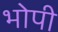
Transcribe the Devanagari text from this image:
भोपी